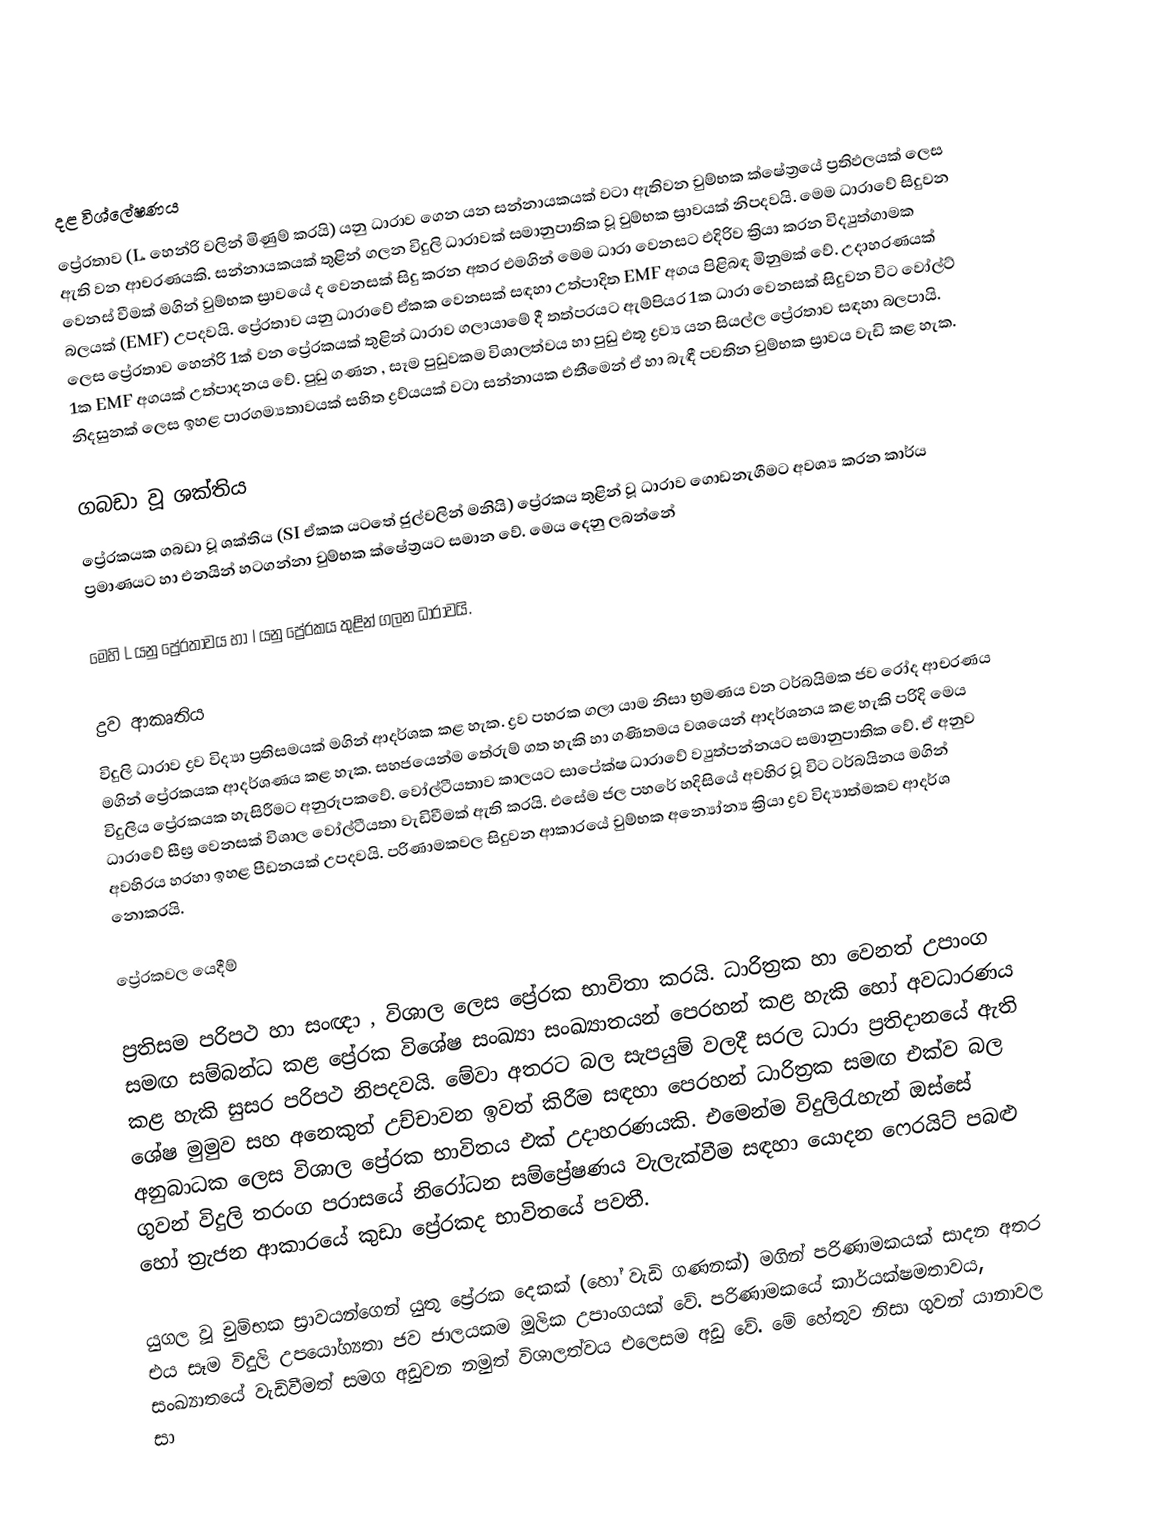

දළ විශ්ලේෂණය
ප්‍රේරතාව (L.  හෙන්රි වලින්  මිණුම් කරයි) යනු ධාරාව ගෙන යන  සන්නායකයක් වටා ඇතිවන චුම්භක ක්ෂේත්‍රයේ ප්‍රතිඵලයක් ලෙස ඇති වන ආචරණයකි. සන්නායකයක් තුළින් ගලන විදුලි ධාරාවක් සමානුපාතික වූ චුම්භක ස්‍රාවයක් නිපදවයි. මෙම ධාරාවේ සිදුවන වෙනස් වීමක් මගින් චුම්භක ස්‍රාවයේ ද වෙනසක් සිදු කරන අතර එමගින් මෙම ධාරා වෙනසට එදිරිව ක්‍රියා කරන විද්‍යුත්ගාමක බලයක් (EMF)  උපදවයි. ප්‍රේරතාව යනු ධාරාවේ ඒකක වෙනසක් සඳහා උත්පාදිත  EMF අගය පිළිබඳ මිනුමක් වේ. උදාහරණයක් ලෙස ප්‍රේරතාව හෙන්රි 1ක් වන ප්‍රේරකයක් තුළින් ධාරාව ගලායාමේ දී තත්පරයට ඇම්පියර 1ක ධාරා වෙනසක් සිදුවන විට වෝල්ට් 1ක EMF අගයක් උත්පාදනය වේ. පුඩු ගණන , සෑම පුඩුවකම විශාලත්වය හා පුඩු එතූ ද්‍රව්‍ය යන සියල්ල ප්‍රේරතාව සඳහා බලපායි. නිදසුනක් ලෙස ඉහළ පාරගම්‍යතාවයක් සහිත ද්‍රව්යයක් වටා සන්නායක එතීමෙන් ඒ හා බැඳී පවතින චුම්භක ස්‍රාවය වැඩි කළ හැක.

ගබඩා වූ ශක්තිය
ප්‍රේරකයක ගබඩා වූ ශක්තිය (SI ඒකක යටතේ ජුල්වලින් මනියි) ප්‍රේරකය තුළින් වූ ධාරාව ගොඩනැගීමට අවශ්‍ය කරන කාර්ය ප්‍රමාණයට හා එනයින් හටගන්නා චුම්භක ක්ෂේත්‍රයට සමාන වේ. මෙය දෙනු ලබන්නේ

මෙහි L  යනු ප්‍රේරතාවය හා I  යනු ප්‍රේරකය තුළින් ගලන ධාරාවයි.

ද්‍රව ආකෘතිය
විදුලි ධාරාව ද්‍රව විද්‍යා ප්‍රතිසමයක් මගින් ආදර්ශක කළ හැක. ද්‍රව පහරක ගලා යාම නිසා භ්‍රමණය වන ටර්බයිමක ජව රෝද ආචරණය මගින් ප්‍රේරකයක ආදර්ශණය කළ හැක. සහජයෙන්ම තේරුම් ගත හැකි හා ගණිතමය වශයෙන් ආදර්ශනය කළ හැකි පරිදි මෙය විදුලිය ප්‍රේරකයක හැසිරීමට අනුරූපකවේ. වෝල්ටීයතාව කාලයට සාපේක්ෂ ධාරාවේ ව්‍යුත්පන්නයට සමානුපාතික වේ. ඒ අනුව ධාරාවේ සීඝ්‍ර වෙනසක් විශාල වෝල්ටීයතා වැඩිවීමක් ඇති කරයි. එසේම ජල පහරේ හදිසියේ අවහිර වූ විට ටර්බයිනය මගින් අවහිරය හරහා ඉහළ පීඩනයක් උපදවයි. පරිණාමකවල සිදුවන ආකාරයේ චුම්භක අන්‍යෝන්‍ය ක්‍රියා ද්‍රව විද්‍යාත්මකව ආදර්ශ නොකරයි.

ප්‍රේරකවල යෙදීම්

ප්‍රතිසම පරිපථ හා සංඥා , විශාල ලෙස‍ ප්‍රේරක භාවිතා කරයි. ධාරිත්‍රක හා වෙනත් උපාංග සමඟ සම්බන්ධ කළ ප්‍රේරක විශේෂ සංඛ්‍යා  සංඛ්‍යාතයන් පෙරහන් කළ හැකි හෝ අවධාරණය කළ හැකි සුසර පරිපථ නිපදවයි. මේවා අතරට බල සැපයුම් වලදී සරල ධාරා ප්‍රතිදානයේ ඇති ශේෂ මුමුව සහ අනෙකුත් උච්චාවන ඉවත් කිරීම සඳහා පෙරහන් ධාරිත්‍රක සමඟ එක්ව බල අනුබාධක ලෙස විශාල ප්‍රේරක භාවිතය එක් උදාහරණයකි. එමෙන්ම විදුලිරැහැන් ඔස්සේ ගුවන් විදුලි තරංග පරාසයේ නිරෝධන සම්ප්‍රේෂණය වැලැක්වීම සඳහා යොදන ෆෙරයිට් පබළු හෝ ත්‍රැජන ආකාරයේ කුඩා ප්‍රේරකද භාවිතයේ පවතී.

යුගල වූ චුම්භක ස්‍රාවයන්ගෙන් යුතු ප්‍රේරක දෙකක් (හෝ වැඩි ගණනක්) මගින් පරිණාමකයක් සාදන අතර එය සෑම විදුලි උපයෝග්‍යතා ජව ජාලයකම මූලික උපාංගයක් වේ. පරිණාමකයේ කාර්යක්ෂමතාවය, සංඛ්‍යාතයේ වැඩිවීමත් සමග අඩුවන නමුත් විශාලත්වය එලෙසම අඩු වේ. මේ හේතුව නිසා ගුවන් යානාවල සා